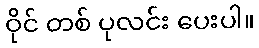
ဝိုင် တစ် ပုလင်း ပေးပါ။